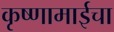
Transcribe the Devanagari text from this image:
कृष्णामाईचा